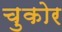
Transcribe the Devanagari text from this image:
चुकोर